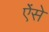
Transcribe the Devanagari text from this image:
ऐंसे